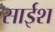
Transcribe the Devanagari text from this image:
साईश